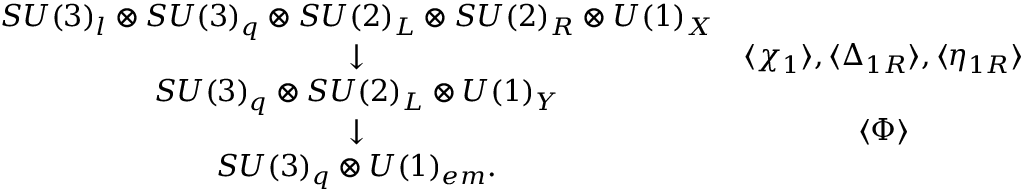
\begin{array} { c c } { { S U ( 3 ) _ { l } \otimes S U ( 3 ) _ { q } \otimes S U ( 2 ) _ { L } \otimes S U ( 2 ) _ { R } \otimes U ( 1 ) _ { X } } } & { { } } \\ { { \downarrow } } & { { \langle \chi _ { 1 } \rangle , \langle \Delta _ { 1 R } \rangle , \langle \eta _ { 1 R } \rangle } } \\ { { S U ( 3 ) _ { q } \otimes S U ( 2 ) _ { L } \otimes U ( 1 ) _ { Y } } } & { { } } \\ { { \downarrow } } & { { \langle \Phi \rangle } } \\ { { S U ( 3 ) _ { q } \otimes U ( 1 ) _ { e m } . } } & { { } } \end{array}